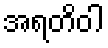
အရတိဝါ